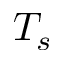
T _ { s }